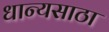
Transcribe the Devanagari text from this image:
धान्यसाठा